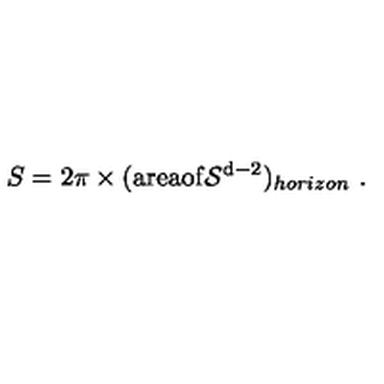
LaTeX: S = 2 \pi \times ( \mathrm { a r e a o f { \cal S } ^ { d - 2 } } ) _ { h o r i z o n } \ .